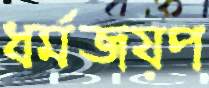
ধর্মজয়প